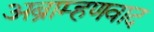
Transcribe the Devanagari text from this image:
अब्राम्हणवाद